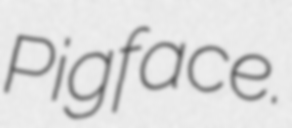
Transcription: Pigface.